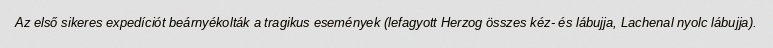
Az első sikeres expedíciót beárnyékolták a tragikus események (lefagyott Herzog összes kéz- és lábujja, Lachenal nyolc lábujja).